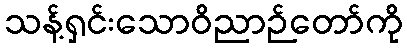
သန့်ရှင်းသောဝိညာဉ်တော်ကို